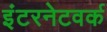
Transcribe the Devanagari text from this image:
इंटरनेटवर्क